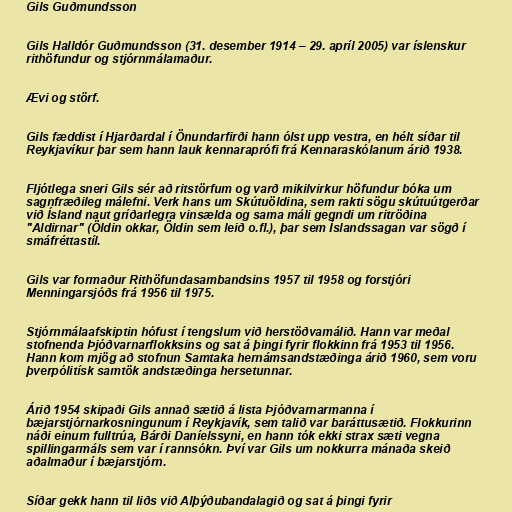
Gils Guðmundsson

Gils Halldór Guðmundsson (31. desember 1914 – 29. apríl 2005) var íslenskur
rithöfundur og stjórnmálamaður.

Ævi og störf.

Gils fæddist í Hjarðardal í Önundarfirði hann ólst upp vestra, en hélt síðar til
Reykjavíkur þar sem hann lauk kennaraprófi frá Kennaraskólanum árið 1938.

Fljótlega sneri Gils sér að ritstörfum og varð mikilvirkur höfundur bóka um
sagnfræðileg málefni. Verk hans um Skútuöldina, sem rakti sögu skútuútgerðar
við Ísland naut gríðarlegra vinsælda og sama máli gegndi um ritröðina
"Aldirnar" (Öldin okkar, Öldin sem leið o.fl.), þar sem Íslandssagan var sögð í
smáfréttastíl.

Gils var formaður Rithöfundasambandsins 1957 til 1958 og forstjóri
Menningarsjóðs frá 1956 til 1975.

Stjórnmálaafskiptin hófust í tengslum við herstöðvamálið. Hann var meðal
stofnenda Þjóðvarnarflokksins og sat á þingi fyrir flokkinn frá 1953 til 1956.
Hann kom mjög að stofnun Samtaka hernámsandstæðinga árið 1960, sem voru
þverpólitísk samtök andstæðinga hersetunnar.

Árið 1954 skipaði Gils annað sætið á lista Þjóðvarnarmanna í
bæjarstjórnarkosningunum í Reykjavík, sem talið var baráttusætið. Flokkurinn
náði einum fulltrúa, Bárði Daníelssyni, en hann tók ekki strax sæti vegna
spillingarmáls sem var í rannsókn. Því var Gils um nokkurra mánaða skeið
aðalmaður í bæjarstjórn.

Síðar gekk hann til liðs við Alþýðubandalagið og sat á þingi fyrir